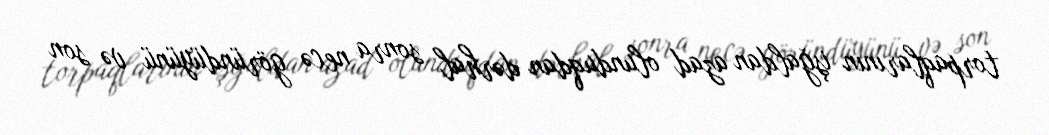
torpaqlarının işğaldan azad olunduqdan dərhal sonra necə göründüyünü və son